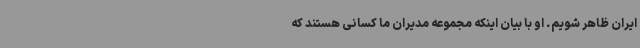
ایران ظاهر شویم. او با بیان اینکه مجموعه مدیران ما کسانی هستند که